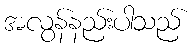
အလွန်နည်းပါသည်